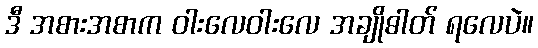
ဒီ အစားအစာက ဝါးလေဝါးလေ အချိုဓါတ် ရလေပဲ။